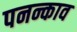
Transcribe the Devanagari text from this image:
पनन्काव